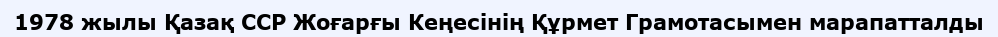
1978 жылы Қазақ ССР Жоғарғы Кеңесінің Құрмет Грамотасымен марапатталды